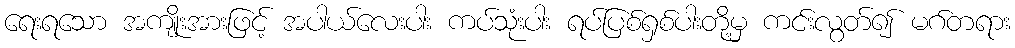
ရေးရသော အကျိုးအားဖြင့် အပါယ်လေးပါး ကပ်သုံးပါး ရပ်ပြစ်ရှစ်ပါးတို့မှ ကင်းလွတ်၍ မဂ်တရား